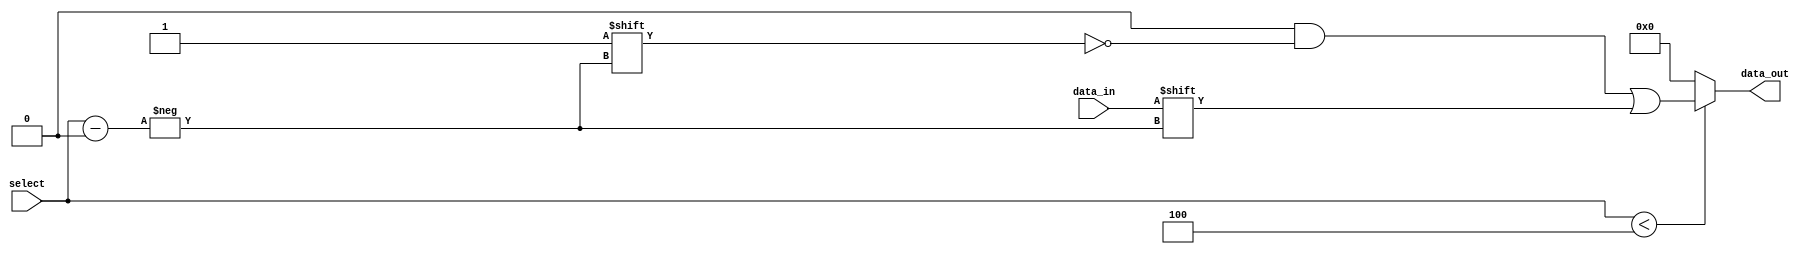
module ParameterizedDemux #(
    parameter N = 4 // Number of output lines, default is 4
)(
    input wire data_in,                 // Single input data line
    input wire [$clog2(N)-1:0] select, // Select input to choose output line
    output reg [N-1:0] data_out         // Output lines
);

    // Initializing output lines to a known state
    initial begin
        data_out = {N{1'b0}}; // Set all outputs to low
    end

    always @(*) begin
        // Default output to low
        data_out = {N{1'b0}};
        
        // Check if select is within valid range
        if (select < N) begin
            data_out[select] = data_in; // Route data_in to the selected output line
        end
        // If select is out of range, data_out remains low
    end

endmodule